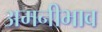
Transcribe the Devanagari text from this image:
अमनीभाव